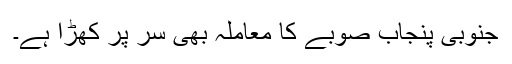
جنوبی پنجاب صوبے کا معاملہ بھی سر پر کھڑا ہے۔